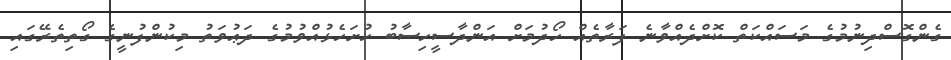
ގެންގޮސްދިނުމުގެ މަސައްކަތް ކޮށްދެއްވާނެ ފަރާތެއް ހޯދުމަށް އަންދާސީހިސާބު ހުށަހެޅުއްވުމުގެ ދަޢުވަތު މިކުންފުނީގެ ގޯތިތެރޭގައި